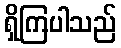
ရှိကြပါသည်